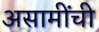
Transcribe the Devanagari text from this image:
असामींची